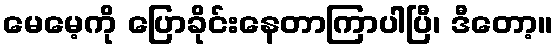
မေမေ့ကို ပြောခိုင်းနေတာကြာပါပြီ၊ ဒီတော့။